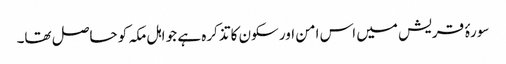
سورۂ قریش میں اس امن اور سکون کا تذکرہ ہے جو اہل مکہ کو حاصل تھا۔